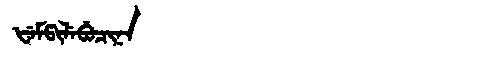
Manchu: ᡶᡝᠮᡦᡳᠯᡝᠪᡠᠴᡳᠨᠠ
Romanization: FEMPILEBUCINA